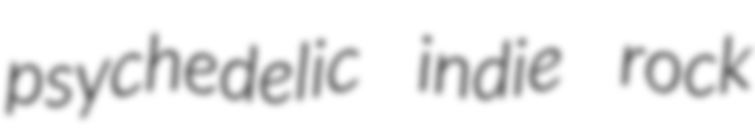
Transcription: psychedelic indie rock